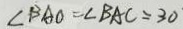
\angle B A O = \angle B A C = 3 0